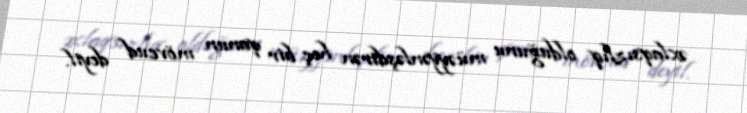
əxlaqsızlıq olduğunu müəyyənləşdirən heç bir qanun mövcud deyil.